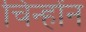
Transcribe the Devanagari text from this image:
चिन्होंन